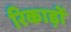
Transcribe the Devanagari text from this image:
रिकाड़ों